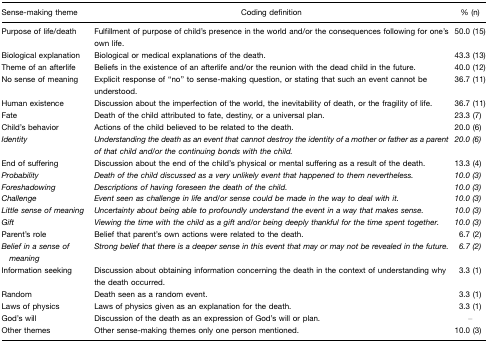
<table><thead><tr><td><b>Sense-making theme</b></td><td><b>Coding definition</b></td><td><b>% (n)</b></td></tr></thead><tbody><tr><td>Purpose of life/death</td><td>Fulfillment of purpose of child&#x27;s presence in the world and/or the consequences following for one&#x27;s own life.</td><td>50.0 (15)</td></tr><tr><td>Biological explanation</td><td>Biological or medical explanations of the death.</td><td>43.3 (13)</td></tr><tr><td>Theme of an afterlife</td><td>Beliefs in the existence of an afterlife and/or the reunion with the dead child in the future.</td><td>40.0 (12)</td></tr><tr><td>No sense of meaning</td><td>Explicit response of “no” to sense-making question, or stating that such an event cannot be understood.</td><td>36.7 (11)</td></tr><tr><td>Human existence</td><td>Discussion about the imperfection of the world, the inevitability of death, or the fragility of life.</td><td>36.7 (11)</td></tr><tr><td>Fate</td><td>Death of the child attributed to fate, destiny, or a universal plan.</td><td>23.3 (7)</td></tr><tr><td>Child&#x27;s behavior</td><td>Actions of the child believed to be related to the death.</td><td>20.0 (6)</td></tr><tr><td><i>Identity</i></td><td><i>Understanding the death as an event that cannot destroy the identity of a mother or father as a parent of that child and/or the continuing bonds with the child</i>.</td><td><i>20.0 (6)</i></td></tr><tr><td>End of suffering</td><td>Discussion about the end of the child&#x27;s physical or mental suffering as a result of the death.</td><td>13.3 (4)</td></tr><tr><td><i>Probability</i></td><td><i>Death of the child discussed as a very unlikely event that happened to them nevertheless</i>.</td><td><i>10.0 (3)</i></td></tr><tr><td><i>Foreshadowing</i></td><td><i>Descriptions of having foreseen the death of the child</i>.</td><td><i>10.0 (3)</i></td></tr><tr><td><i>Challenge</i></td><td><i>Event seen as challenge in life and/or sense could be made in the way to deal with it</i>.</td><td><i>10.0 (3)</i></td></tr><tr><td><i>Little sense of meaning</i></td><td><i>Uncertainty about being able to profoundly understand the event in a way that makes sense</i>.</td><td><i>10.0 (3)</i></td></tr><tr><td><i>Gift</i></td><td><i>Viewing the time with the child as a gift and/or being deeply thankful for the time spent together</i>.</td><td><i>10.0 (3)</i></td></tr><tr><td>Parent&#x27;s role</td><td>Belief that parent&#x27;s own actions were related to the death.</td><td>6.7 (2)</td></tr><tr><td><i>Belief in a sense of meaning</i></td><td><i>Strong belief that there is a deeper sense in this event that may or may not be revealed in the future</i>.</td><td><i>6.7 (2)</i></td></tr><tr><td>Information seeking</td><td>Discussion about obtaining information concerning the death in the context of understanding why the death occurred.</td><td>3.3 (1)</td></tr><tr><td>Random</td><td>Death seen as a random event.</td><td>3.3 (1)</td></tr><tr><td>Laws of physics</td><td>Laws of physics given as an explanation for the death.</td><td>3.3 (1)</td></tr><tr><td>God&#x27;s will</td><td>Discussion of the death as an expression of God&#x27;s will or plan.</td><td>–</td></tr><tr><td>Other themes</td><td>Other sense-making themes only one person mentioned.</td><td>10.0 (3)</td></tr></tbody></table>